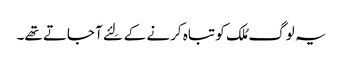
یہ لوگ مُلک کو تباہ کرنے کے لِئے آ جاتے تھے۔